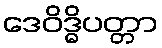
ဒေဝိဒ္ဓိပတ္တာ